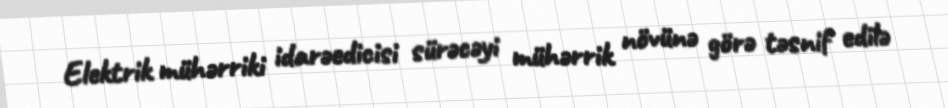
Elektrik mühərriki idarəedicisi sürəcəyi mühərrik növünə görə təsnif edilə